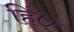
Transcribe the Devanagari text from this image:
हिं०